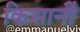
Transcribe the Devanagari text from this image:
किसानोंं